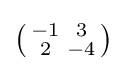
\left({\begin{smallmatrix}-1&3\\2&-4\end{smallmatrix}}\right)